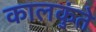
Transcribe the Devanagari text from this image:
कालकुंते